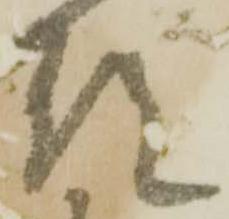
預